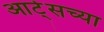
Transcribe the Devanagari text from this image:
आर्ट्‌सच्या